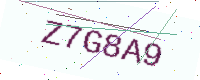
Text: Z7G8A9